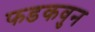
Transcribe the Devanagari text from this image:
फडकवुन